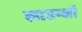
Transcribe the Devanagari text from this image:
लाउन्जों